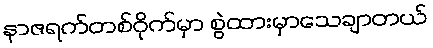
နာဇရက်တစ်ဝိုက်မှာ စွဲထားမှာသေချာတယ်